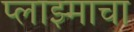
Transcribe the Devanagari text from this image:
प्लाझ्माचा